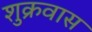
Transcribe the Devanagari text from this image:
शुक्रवास